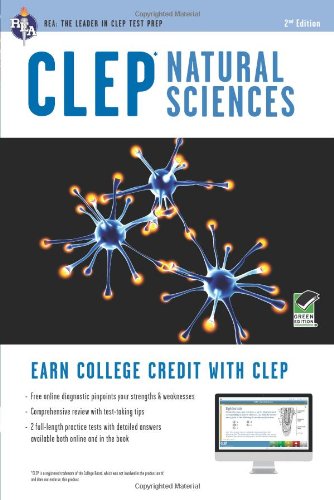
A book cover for CLEPÂ® Natural Sciences Book + Online (CLEP Test Preparation); Laurie Ann Callihan; Test Preparation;